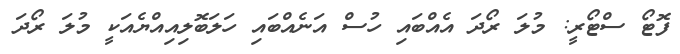
ފޮޓޯ ސްޓޯރީ: މުލަ ރޯދަ އެއްބައި ހުސް އަނެއްބައި ހަލަބޮލިއިއްޔެއަކީ މުލަ ރޯދަ